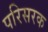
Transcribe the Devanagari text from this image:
परिसरक